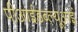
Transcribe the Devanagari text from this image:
पीआईडब्ल्यूआई